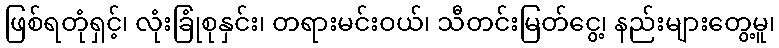
ဖြစ်ရတုံရှင့်၊ လုံးခြုံစုနှင်း၊ တရားမင်းဝယ်၊ သီတင်းမြတ်ငွေ့၊ နည်းများတွေ့မူ၊